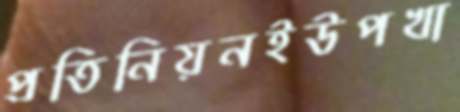
প্রতিনিয়নইউপখা